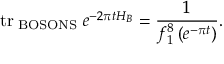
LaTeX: \mathrm { t r } _ { \mathrm { \tiny ~ B O S O N S } } \; e ^ { - 2 \pi t H _ { B } } = \frac { 1 } { f _ { 1 } ^ { 8 } \left( e ^ { - \pi t } \right) } .